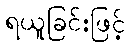
ရယူခြင်းဖြင့်